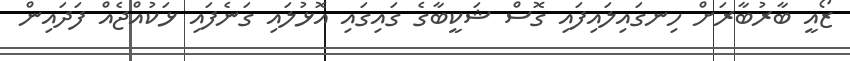
ޒޯއީ ބާރުބާރަށް ހިނގައިލައިފައި ގޮސް ޝަކީބާގެ ގައިގައި އޮޅުލައި ގަނެފައި ޅަކުއްޖެއް ފަދައިން